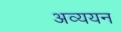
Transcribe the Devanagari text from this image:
अव्ययन